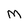
Character: M